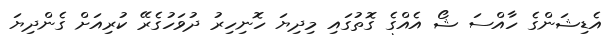
އެޑިޝަންގެ ހާއްސަ ޝޯ އެއްގެ ގޮތުގައި މިދިޔަ ހޮނިހިރު ދުވަހުގެރޭ ކުރިއަށް ގެންދިޔަ